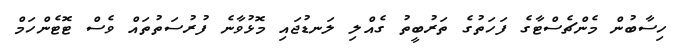
ހިސާބުން މެންޗެސްޓާގެ ފަހަތުގެ ތަރުބީތު ގެއްލި ލަނޑުޖައި މޮޅުވާނެ ފުރުސަތުތައް ވެސް ޓޮޓެންހަމް